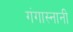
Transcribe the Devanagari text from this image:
गंगास्नानी